Vaccination in Bombay 1869-1873 - 1869-1873
Year: 1869
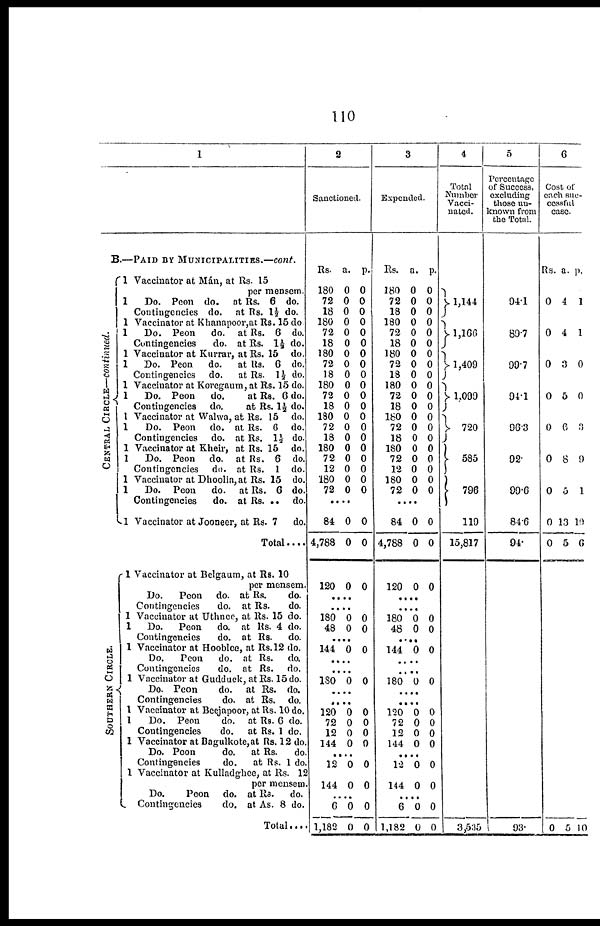
110
1
B.—PAID BY MUNICIPALITIES.—cont.
CENTRAL CIRCLE—continued.
SOUTHERN CIRCLE.
1 Vaccinator at Mán, at Rs. 15
per mensem.
1
Do. Peon do.
at Rs. 6 do.
Contingencies do.
at Rs. 1½ do.
1 Vaccinator at Khanapoor,at Rs. 15 do.
1
Do. Peon
do. at Rs. 6 do.
Contingencies
do. at Rs. 1½ do.
1 Vaccinator at Kurrar, at Rs. 15 do.
1
Do. Peon
do.
at Rs. 6 do.
Contingencies
do.
at Rs. 1½ do.
1 Vaccinator at Koregaum, at Rs. 15 do.
1
Do. Peon
do.
at Rs. 6 do.
Contingencies
do.
at Rs. 1½ do.
1 Vaccinator at Walwa, at Rs. 15 do.
1
Do. Peon
do. at Rs. 6 do.
Contingencies
do. at Rs. 1½ do.
1 Vaccinator at Kheir, at Rs. 15 do.
1
Do. Peon
do. at Rs. 6 do.
Contingencies
do. at Rs. 1 do.
1 Vaccinator at Dhoolia, at Rs. 15 do.
1
Do. Peon
do.
at Rs. 6 do.
Contingencies
do. at Rs. ..
do.
1 Vaccinator at Jooneer, at Rs. 7
do.
Total....
1 Vaccinator at Belgaum, at Rs. 10
per mensem.
Do.
Peon
do. at Rs.
do.
Contingencies
do. at Rs.
do.
1 Vaccinator at Uthnoe, at Rs. 15 do.
1
Do.
Peon
do. at Rs. 4 do.
Contingencies
do. at Rs.
do.
1 Vaccinator at Hooblee, at Rs.12 do.
Do.
Peon
do. at Rs.
do.
Contingencies
do. at Rs.
do.
1 Vaccinator at Gudduck, at Rs. 15 do.
Do. Peon
do.
at Rs. do.
Contingencies
do. at Rs. do.
1 Vaccinator at Beejapoor, at Rs. 10 do.
1
Do. Peon
do. at Rs. 6 do.
Contingencies
do.
at Rs. 1 do.
1 Vaccinator at Bogulkote,at Rs. 12 do.
Do. Peon
do.
at Rs.
do.
Contingencies
do.
at Rs. 1 do
1 Vaccinator at Kulladgbee, at Rs. 12
per mensem.
Do.
Peon
do. at Rs.
do.
Contingencies
do. at As. 8 do.
Total....
2
Sanctioned.
Rs.
180
72
18
180
72
18
180
72
18
180
72
18
180
72
18
180
72
12
180
72
a.
0
0
0
0
0
0
0
0
0
0
0
0
0
0
0
0
0
0
0
0
p.
0
0
0
0
0
0
0
0
0
0
0
0
0
0
0
0
0
0
0
0
....
84
4,788
120
0
0
0
0
0
0
....
....
180
48
0
0
0
0
....
144 0 0
....
....
180 0 0
....
....
120
72
12
144
0
0
0
0
0
0
0
0
....
12
144
0
0
0
0
....
6
1,182
0
0
0
0
3
Expended.
Rs.
180
72
18
180
72
18
180
72
18
180
72
18
180
72
18
180
72
12
180
72
a.
0
0
0
0
0
0
0
0
0
0
0
0
0
0
0
0
0
0
0
0
p.
0
0
0
0
0
0
0
0
0
0
0
0
0
0
0
0
0
0
0
0
....
84
4,788
120
0
0
0
0
0
0
....
....
180
48
0
0
0
0
....
144 0 0
....
....
180 0 0
....
....
120
72
12
144
0
0
0
0
0
0
0
0
....
12
144
0
0
0
0
....
6
1,182
0
0
0
0
4
Total
Number
Vacci-
nated.
1,144
1,166
1,409
1,090
720
585
796
119
15,817
3,535
5
Percentage
of Success,
excluding
those un-
known from
the Total.
94.1
89.7
99.7
94.1
96.3
92.
99.6
84.6
94.
93.
6
Cost of
each suc-
cessful
case.
Rs.
0
0
0
0
0
0
0
0
0
a.
4
4
3
5
6
8
5
13
5
p.
1
1
0
0
3
9
1
19
6
0 5 10